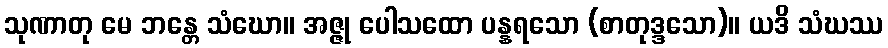
သုဏာတု မေ ဘန္တေ သံဃော။ အဇ္ဇု ပေါသထော ပန္နရသော (စာတုဒ္ဒသော)။ ယဒိ သံဃဿ